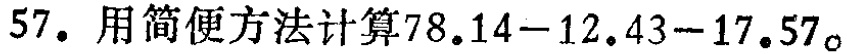
57. 用简便方法计算\(78.14 - 12.43 - 17.57\)。